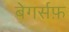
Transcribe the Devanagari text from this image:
बेगर्सफ़